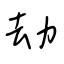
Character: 劫